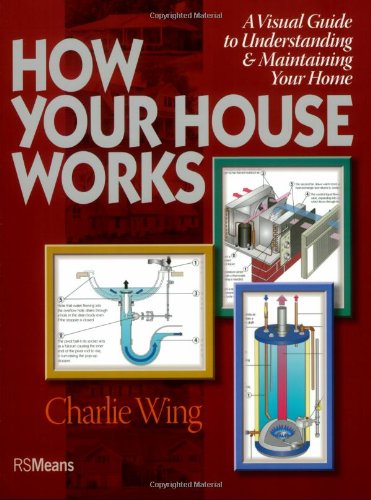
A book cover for How Your House Works: A Visual Guide to Understanding & Maintaining Your Home; Charlie Wing; Law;